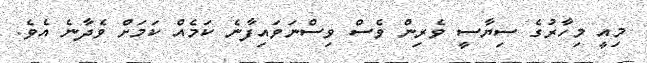
މިއީ މިހާރުގެ ސިޔާސީ ވެރިން ވެސް ވިސްނަވައިފާނެ ކަމެއް ކަމަށް ވެދާނެ އެވެ.